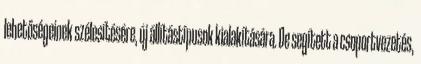
lehetőségeinek szélesítésére, új állítástípusok kialakítására. De segített a csoportvezetés,